Scottish Leaving Certificate Examination, 1957
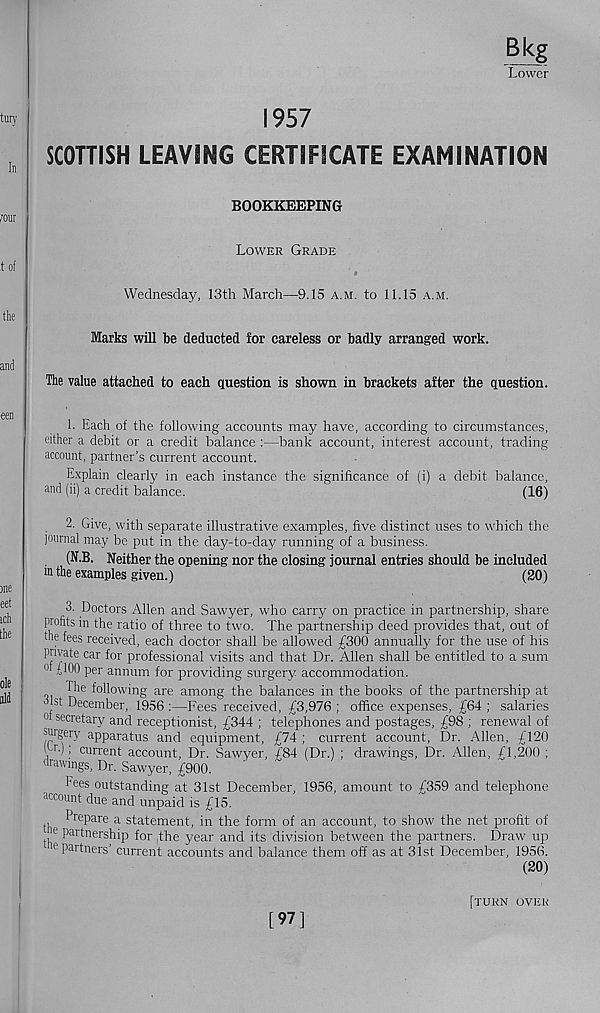
Bkg
Lower
1957
SCOTTISH LEAVING CERTIFICATE EXAMINATION
BOOKKEEPING
Lower Grade
Wednesday, 13th March—9.15 a.m. to 11.15 a.m.
Marks will be deducted for careless or badly arranged work.
The value attached to each question is shown in brackets after the question.
1. Each of the following accounts may have, according to circumstances,
cither a debit or a credit balance :—bank account, interest account, trading
account, partner’s current account.
Explain clearly in each instance the significance of (i) a debit balance,
and (ii) a credit balance.
(16)
2. Give, with separate illustrative examples, five distinct uses to which the
journal may be put in the day-to-day running of a business.
(N.B. Neither the opening nor the closing journal entries should be included
m the examples given.)
(20)
3. Doctors Allen and Sawyer, who carry on practice in partnership, share
P ro <its in the ratio of three to two. The partnership deed provides that, out of
the fees received, each doctor shall be allowed £300 annually for the use of his
private car for professional visits and that Dr. Allen shall be entitled to a sum
0
per annum for providing surgery accommodation.
I he following are among the balances in the books of the partnership at
■ 1st December, 1956:—Fees received, £3,976; office expenses, £64; salaries
0 secre tary and receptionist, £344 ; telephones and postages, £98 ; renewal of
surgery apparatus and equipment, £74 ; current account, Dr. Allen, £120
(Or.); current account, Dr. Sawyer, £84 (Dr.) ; drawings. Dr. Allen, £1,200 ;
drawings, Dr. Sawyer, £900.
Pees outstanding at 31st December, 1956, amount to £359 and telephone
account due and unpaid is £15.
Prepare a statement, in the form of an account, to show the net profit of
| K> Partnership for the year and its division between the partners. Draw up
c Padners’ current accounts and balance them off as at 31st December, 1956.
(20)
[97]
TURN OVER